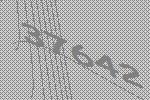
37642